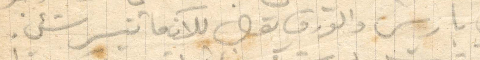
في باريس والورق بول للآن ما تيسر شيء